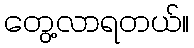
တွေ့လာရတယ်။